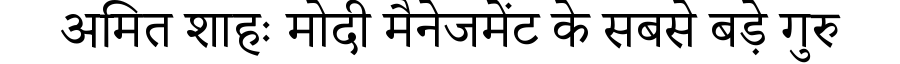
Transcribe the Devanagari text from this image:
अमित शाहः मोदी मैनेजमेंट के सबसे बड़े गुरु